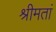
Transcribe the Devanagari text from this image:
श्रीमतां